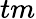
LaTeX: tm